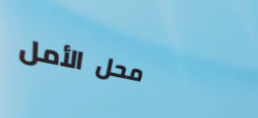
محل الأمل